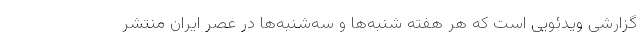
گزارشی ویدئویی است که هر هفته شنبه‌ها و سه‌شنبه‌ها در عصر ایران منتشر